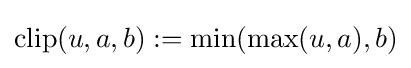
\operatorname {clip} (u,a,b):=\min(\max(u,a),b)